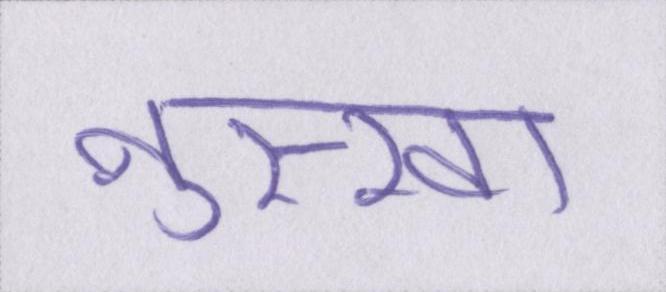
नुस्खा